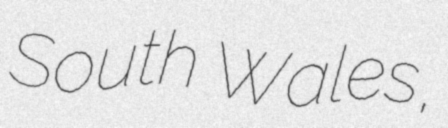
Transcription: South Wales,